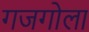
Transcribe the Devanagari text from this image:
गजगोला